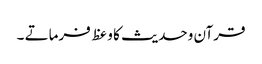
قرآن وحدیث کا وعظ فرماتے ۔